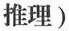
推理)